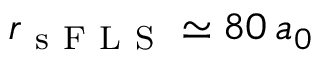
r _ { \mathrm { ~ s ~ F ~ L ~ S ~ } } \simeq 8 0 \, a _ { 0 }